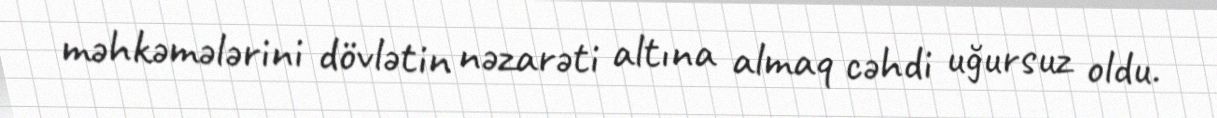
məhkəmələrini dövlətin nəzarəti altına almaq cəhdi uğursuz oldu.